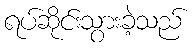
ရပ်ဆိုင်းသွားခဲ့သည်